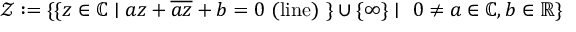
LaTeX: { \mathcal { Z } } : = \{ \{ z \in \mathbb { C } \mid a z + { \overline { { a z } } } + b = 0 \ { \mathrm { ( l i n e ) } } \ \} \cup \{ \infty \} \mid \ 0 \neq a \in \mathbb { C } , b \in \mathbb { R } \}